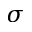
\sigma